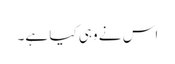
اس نے وہی کیا ہے۔